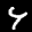
Label: 4